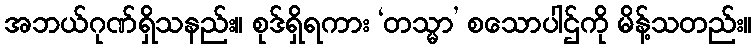
အဘယ်ဂုဏ်ရှိသနည်း။ စုဒ်ရှိရကား ‘တသ္မာ’ စသောပါဌ်ကို မိန့်သတည်း။